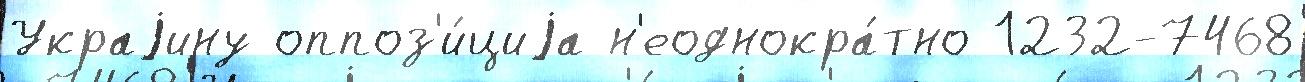
Украjину оппоз'и́циjа н'еоднокра́тно 1232-7468